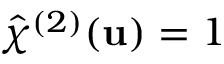
\hat { \chi } ^ { ( 2 ) } ( \mathbf { u } ) = 1